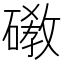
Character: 䃝